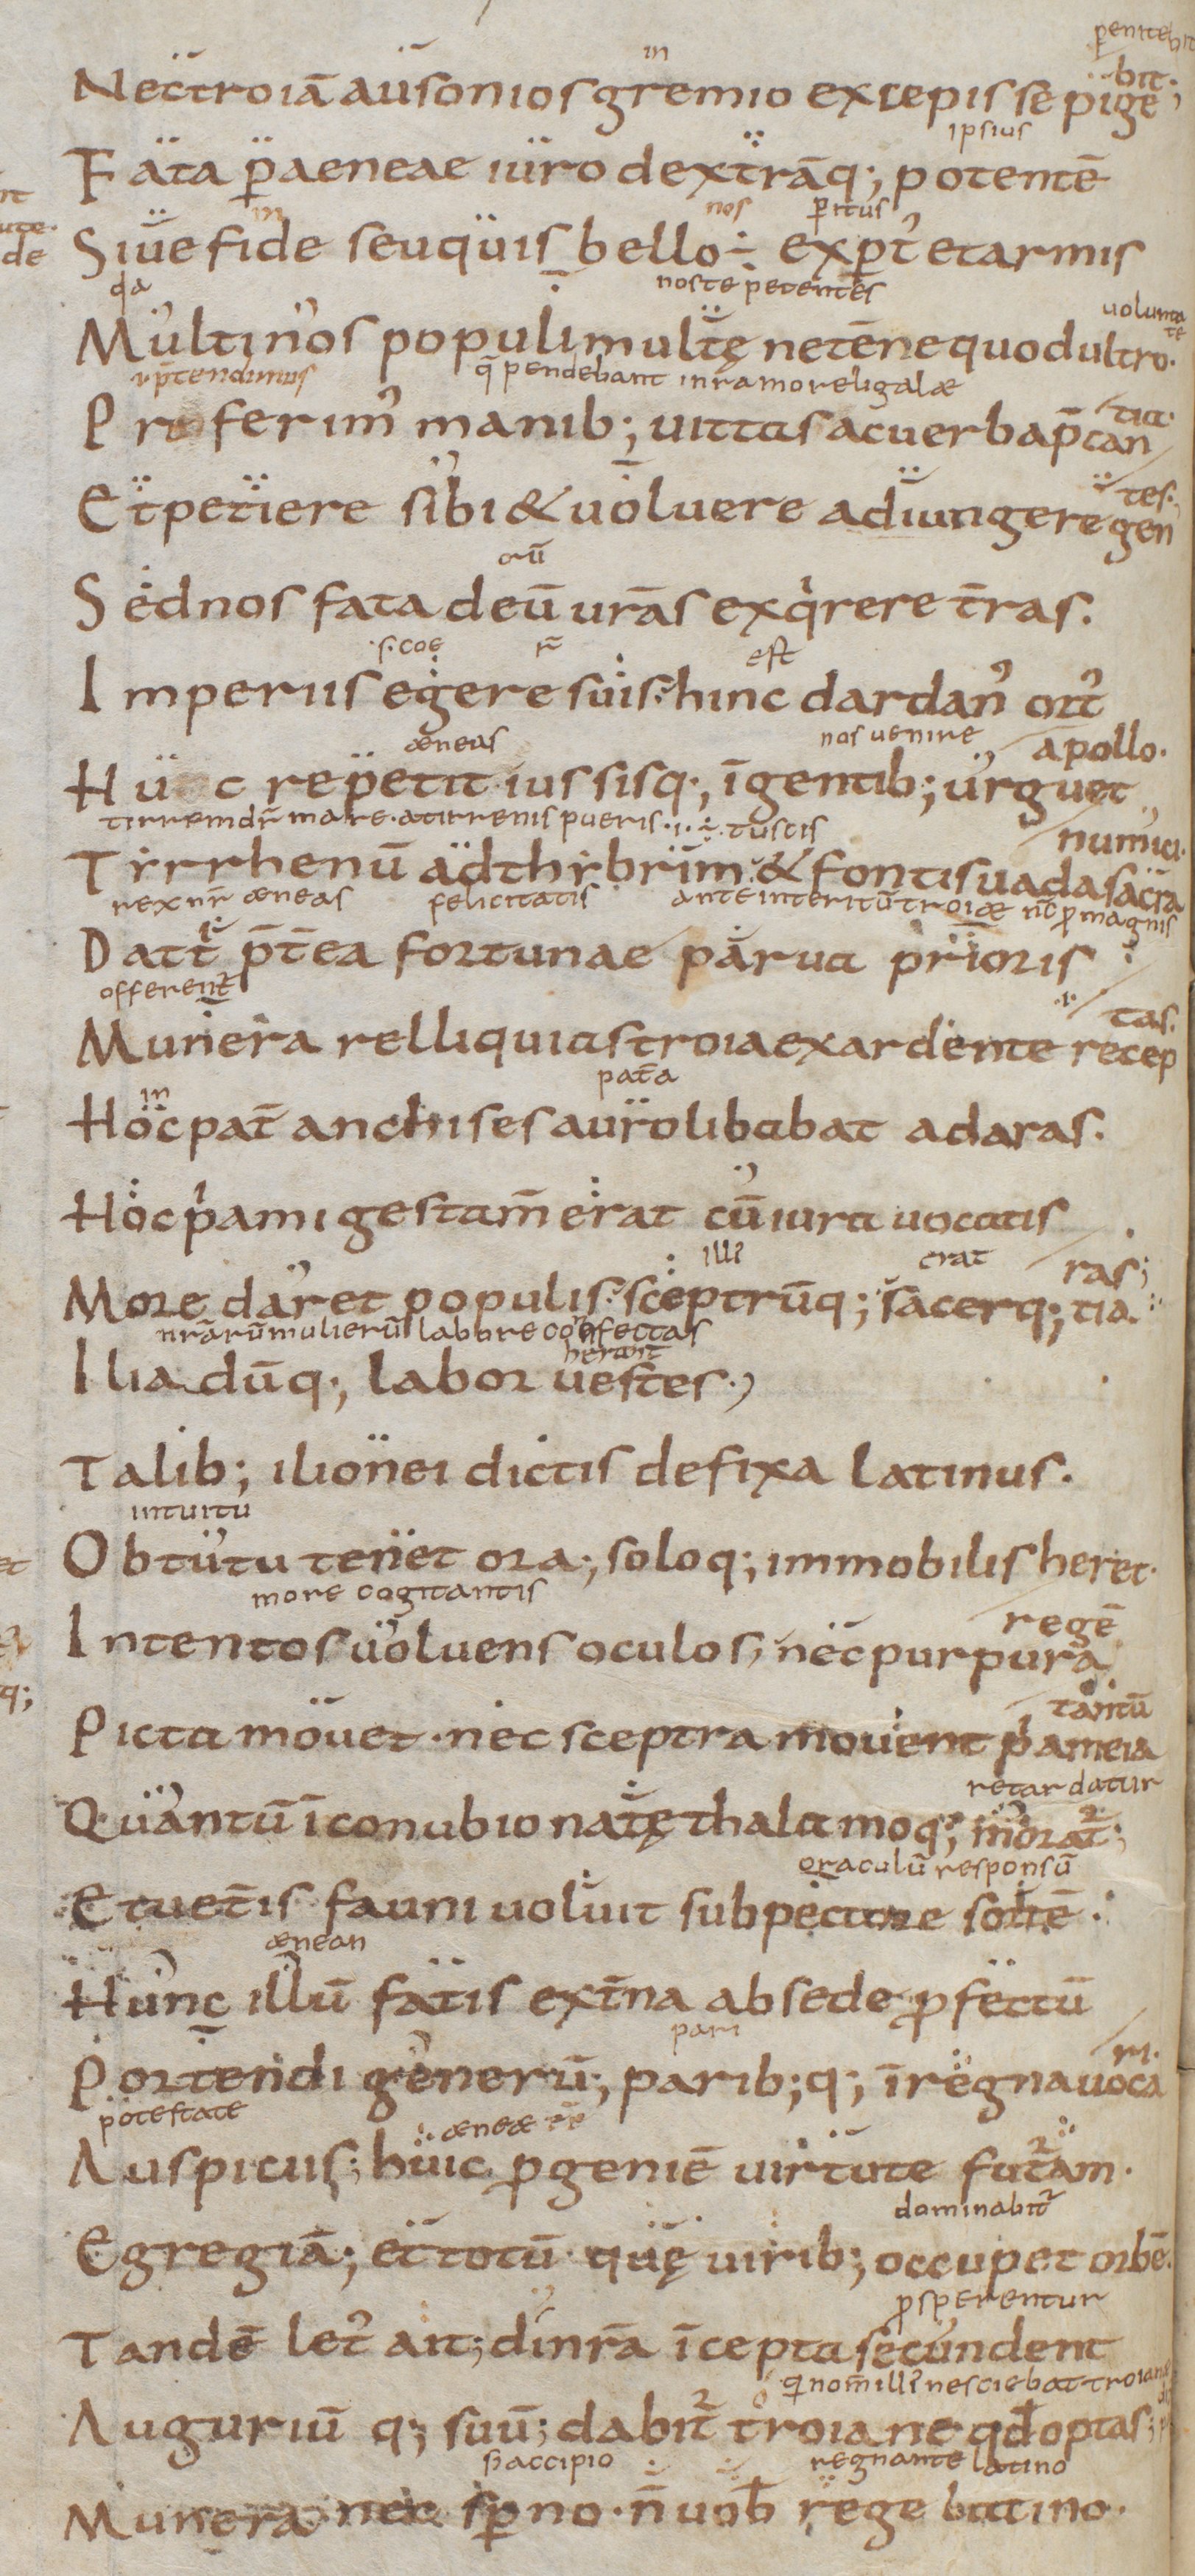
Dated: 850–999